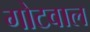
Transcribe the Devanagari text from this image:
गोटवाल